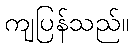
ကျပြန်သည်။